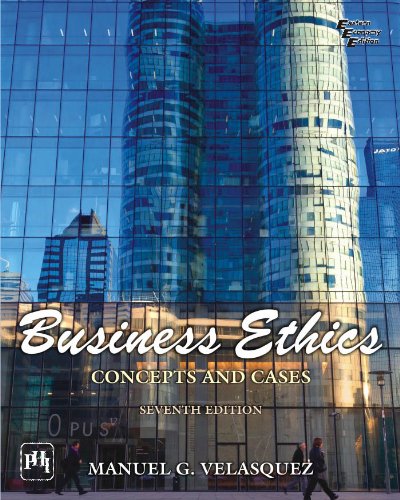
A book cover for Business Ethics: Concepts & Cases; Manuel G Velasquez; Business & Money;